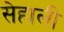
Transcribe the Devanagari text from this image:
सेहाली